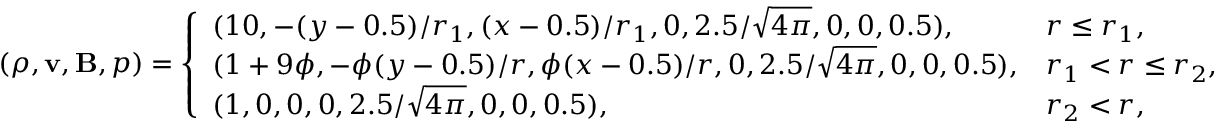
( \rho , \mathbf { v } , \mathbf { B } , p ) = \left\{ \begin{array} { l l } { ( 1 0 , - ( y - 0 . 5 ) / r _ { 1 } , ( x - 0 . 5 ) / r _ { 1 } , 0 , 2 . 5 / \sqrt { 4 \pi } , 0 , 0 , 0 . 5 ) , } & { r \leq r _ { 1 } , } \\ { ( 1 + 9 \phi , - \phi ( y - 0 . 5 ) / r , \phi ( x - 0 . 5 ) / r , 0 , 2 . 5 / \sqrt { 4 \pi } , 0 , 0 , 0 . 5 ) , } & { r _ { 1 } < r \leq r _ { 2 } , } \\ { ( 1 , 0 , 0 , 0 , 2 . 5 / \sqrt { 4 \pi } , 0 , 0 , 0 . 5 ) , } & { r _ { 2 } < r , } \end{array} \right.